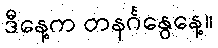
ဒီနေ့က တနင်္ဂနွေနေ့။